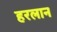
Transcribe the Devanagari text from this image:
हरलान